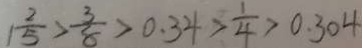
1 \frac { 2 } { 5 } > \frac { 3 } { 8 } > 0 . 3 4 > \frac { 1 } { 4 } > 0 . 3 0 4